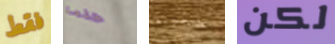
فقط حلمنا خجولة لكن